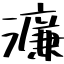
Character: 濂